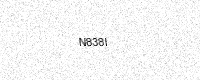
Text: N838I